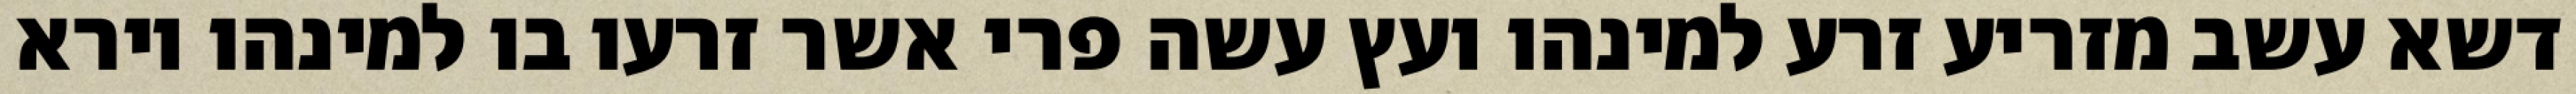
דשא עשב מזריע זרע למינהו ועץ עשה פרי אשר זרעו בו למינהו וירא